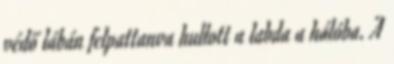
védő lábán felpattanva hullott a labda a hálóba. A